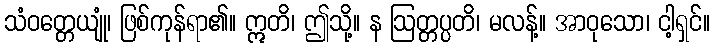
သံဝတ္တေယျုံ၊ ဖြစ်ကုန်ရာ၏။ ဣတိ၊ ဤသို့။ န ဩတ္တပ္ပတိ၊ မလန့်။ အာဝုသော၊ ငါ့ရှင်။